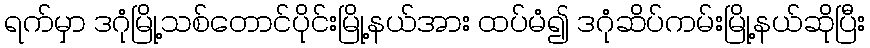
ရက်မှာ ဒဂုံမြို့သစ်တောင်ပိုင်းမြို့နယ်အား ထပ်မံ၍ ဒဂုံဆိပ်ကမ်းမြို့နယ်ဆိုပြီး